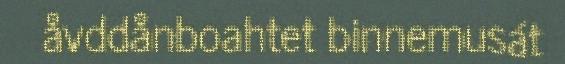
åvddånboahtet binnemusát